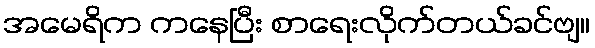
အမေရိက ကနေပြီး စာရေးလိုက်တယ်ခင်ဗျ။